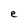
Character: e